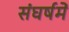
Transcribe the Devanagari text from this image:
संघर्षमें